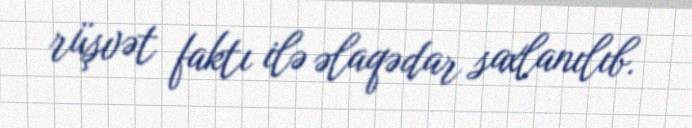
rüşvət faktı ilə əlaqədar saxlanılıb.